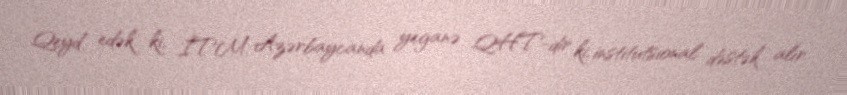
Qeyd edək ki, İTM Azərbaycanda yeganə QHT-dir ki, institutsional dəstək alır.